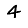
Digit: 4